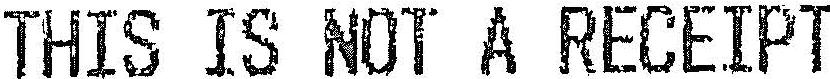
THIS IS NOT A RECEIPT